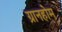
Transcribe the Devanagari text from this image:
ग्रानहोम